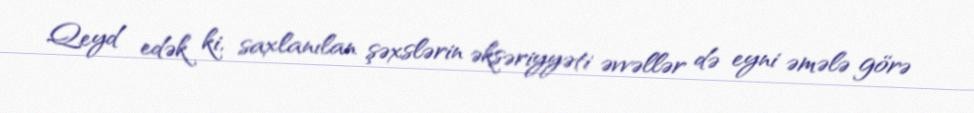
Qeyd edək ki, saxlanılan şəxslərin əksəriyyəti əvvəllər də eyni əmələ görə